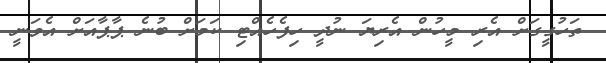
ތަހުގީގަށް އެރި މީހުން އެރިޔަ ނުދީ ހިފެހެއްޓި ކަމަށް ބުނެ ޕާޕާއަށް އެވަނީ